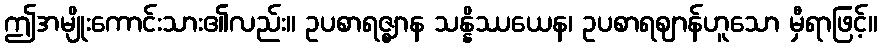
ဤအမျိုးကောင်းသား၏လည်း။ ဥပစာရဇ္ဈာန သန္နိဿယေန၊ ဥပစာရဈာန်ဟူသော မှီရာဖြင့်။